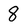
Character: 8